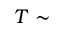
T \sim